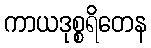
ကာယဒုစ္စရိတေန